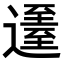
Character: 𨖹